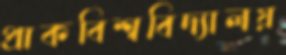
প্রাকবিশ্ববিদ্যালয়